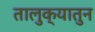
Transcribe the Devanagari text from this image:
तालुक्यातुन